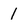
Character: 1